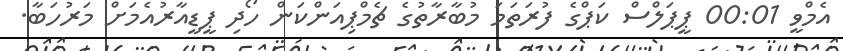
އެމްވީ 00:01 ޕީޕަލްސް ކަޕްގެ ފުރަތަމަ މުބާރާތުގެ ޗެމްޕިއަންކަން ހޯދި ޕީޑީއާރުއެމަށް މަރުހަބާ.